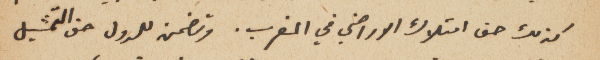
كذلك حق امتلاك الاراضي في المغرب. وتضمن للدول حق التمثيل